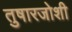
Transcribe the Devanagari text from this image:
तुषारजोशी